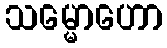
သမ္မောဟော